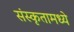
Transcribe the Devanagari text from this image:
संस्कृतामध्ये